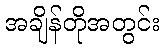
အချိန်တိုအတွင်း